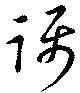
躡